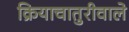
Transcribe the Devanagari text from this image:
क्रियाचातुरीवाले